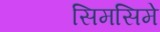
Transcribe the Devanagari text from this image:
सिमसिमे